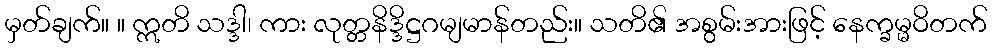
မှတ်ချက်။ ။ ဣတိ သဒ္ဒါ၊ ကား လုတ္တနိဒ္ဒိဋ္ဌဂမျမာန်တည်း။ သတိ၏ အစွမ်းအားဖြင့် နေက္ခမ္မဝိတက်